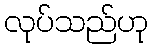
လုပ်သည်ဟု